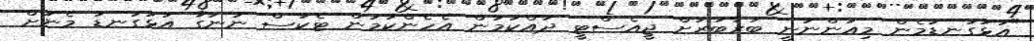
"އަޅުގަނޑުމެން މިއަންނަނީ ބަރާބަރަށް ޖީއެސްޓީ ދައްކަމުން އެހެންކަމުން ޓެކުސް ނުނަގާ އަޅުގަނޑު މެނަށް